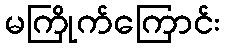
မကြိုက်ကြောင်း